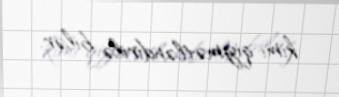
kimi qiymətləndirilə bilər.